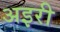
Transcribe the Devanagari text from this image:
अइरी